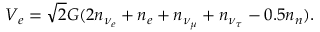
V _ { e } = \sqrt { 2 } G ( 2 n _ { \nu _ { e } } + n _ { e } + n _ { \nu _ { \mu } } + n _ { \nu _ { \tau } } - 0 . 5 n _ { n } ) .